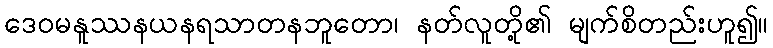
ဒေဝမနူဿနယနရသာတနဘူတော၊ နတ်လူတို့၏ မျက်စိတည်းဟူ၍။